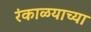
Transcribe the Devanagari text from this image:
रंकाळयाच्या